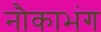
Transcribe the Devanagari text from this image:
नौकाभंग